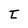
Character: t